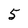
Character: 5